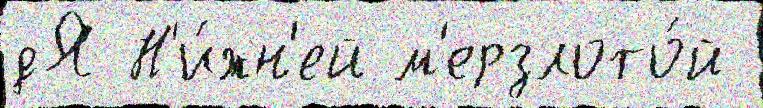
дЯ Н'и́жн'ей м'ерзлото́й